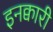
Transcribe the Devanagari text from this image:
इनक्वारी